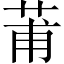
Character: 莆